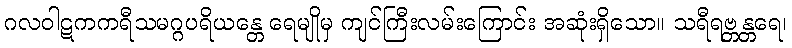
ဂလဝါဋကကရီသမဂ္ဂပရိယန္တေ ရေမျိုမှ ကျင်ကြီးလမ်းကြောင်း အဆုံးရှိသော။ သရီရဗ္တန္တရေ၊